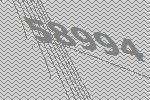
58994